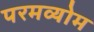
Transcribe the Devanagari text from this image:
परमव्योम